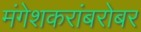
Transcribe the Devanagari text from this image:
मंगेशकरांबरोबर